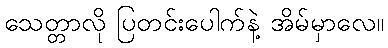
သေတ္တာလို ပြတင်းပေါက်နဲ့ အိမ်မှာလေ။